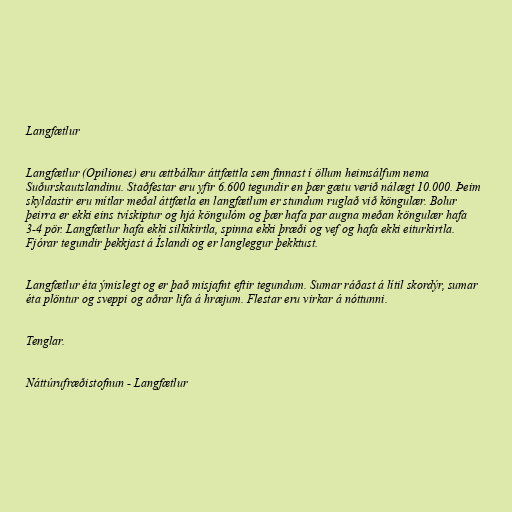
Langfætlur

Langfætlur (Opiliones) eru ættbálkur áttfættla sem finnast í öllum heimsálfum nema
Suðurskautslandinu. Staðfestar eru yfir 6.600 tegundir en þær gætu verið nálægt 10.000. Þeim
skyldastir eru mítlar meðal áttfætla en langfætlum er stundum ruglað við köngulær. Bolur
þeirra er ekki eins tvískiptur og hjá köngulóm og þær hafa par augna meðan köngulær hafa
3-4 pör. Langfætlur hafa ekki silkikirtla, spinna ekki þræði og vef og hafa ekki eiturkirtla.
Fjórar tegundir þekkjast á Íslandi og er langleggur þekktust.

Langfætlur éta ýmislegt og er það misjafnt eftir tegundum. Sumar ráðast á lítil skordýr, sumar
éta plöntur og sveppi og aðrar lifa á hræjum. Flestar eru virkar á nóttunni.

Tenglar.

Náttúrufræðistofnun - Langfætlur